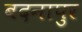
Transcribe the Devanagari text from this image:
बदनापुर